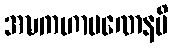
အဍ္ဎကဟာပဏေနပိ